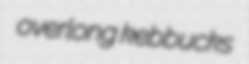
overlong kebbucks